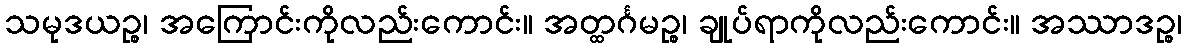
သမုဒယဉ္စ၊ အကြောင်းကိုလည်းကောင်း။ အတ္ထင်္ဂမဉ္စ၊ ချုပ်ရာကိုလည်းကောင်း။ အဿာဒဉ္စ၊